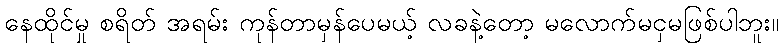
နေထိုင်မှု စရိတ် အရမ်း ကုန်တာမှန်ပေမယ့် လခနဲ့တော့ မလောက်မငှမဖြစ်ပါဘူး။